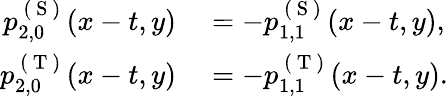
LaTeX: \begin{array}{rl}{p_{2,0}^{\mathrm{~(~S~)~}}(x-t,y)}&{{}=-p_{1,1}^{\mathrm{~(~S~)~}}(x-t,y),}\\ {p_{2,0}^{\mathrm{~(~T~)~}}(x-t,y)}&{{}=-p_{1,1}^{\mathrm{~(~T~)~}}(x-t,y).}\end{array}